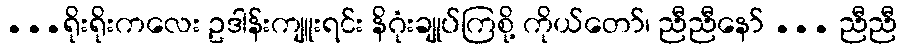
...ရိုးရိုးကလေး ဥဒါန်းကျူးရင်း နိဂုံးချုပ်ကြစို့ ကိုယ်တော်၊ ညီညီနော် ... ညီညီ